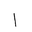
Letter: _alif